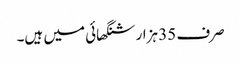
صرف 35 ہزار شنگھائی میں ہیں۔